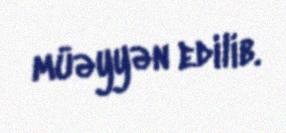
müəyyən edilib.